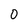
Character: 0